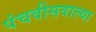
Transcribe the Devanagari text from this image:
पंचवीसवाल्या